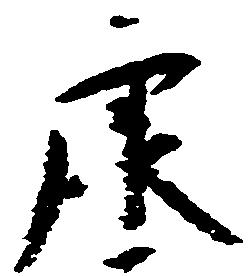
康